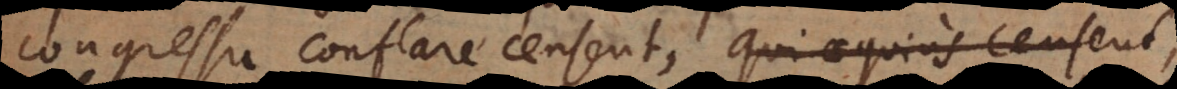
congressu conflare censent, qui aequius censent,